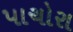
પાચોરા